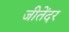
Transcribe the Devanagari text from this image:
जीतेंदर